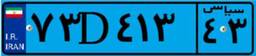
۳۸D۴۴۹۳۷